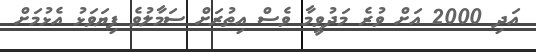
އަދި 2000 އަށް ވުރެ މަދުވީމާ ވެސް އިތުރަށް ސަމާލުވެ ފިޔަވަޅު އެޅުމަށް